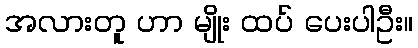
အလားတူ ဟာ မျိုး ထပ် ပေးပါဦး။